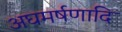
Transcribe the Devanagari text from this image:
अघमर्षणादि